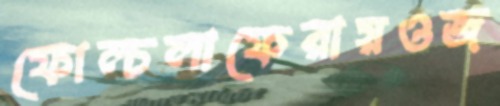
ফোল্‌চলাফেরায়ওজ